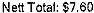
NETT TOTAL: $7.60